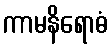
ကာမနိရောဓံ